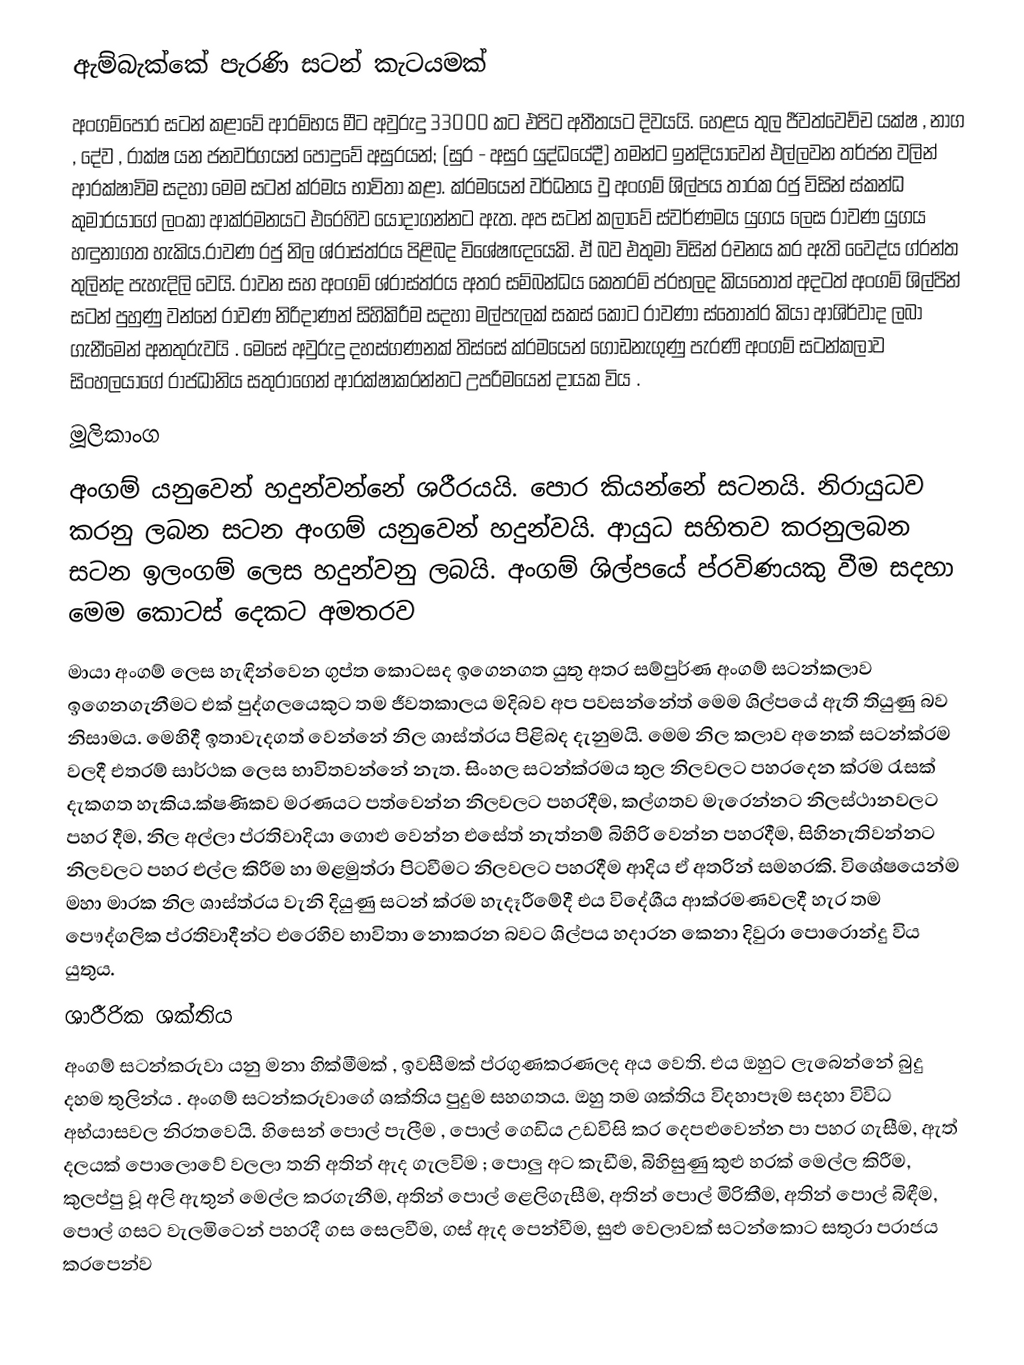
ඇම්බැක්කේ පැරණි සටන් කැටයමක්
අංගම්පොර සටන් කළාවේ ආරම්භය මීට අවුරුදු 33000 කට එපිට අතීතයට දිවයයි. හෙළය තුල ජීවත්වෙච්ච යක්ෂ , නාග , දේව , රාක්ෂ යන ජනවර්ගයන් පොදුවේ අසුරයන්; (සුර - අසුර යුද්ධයේදී) තමන්ට ඉන්දියාවෙන් එල්ලවන තර්ජන වලින් ආරක්ෂාවිම සදහා මෙම සටන් ක්රමය භාවිතා කළා. ක්රමයෙන් වර්ධනය වු අංගම් ශිල්පය තාරක රජු විසින් ස්කන්ධ කුමාරයාගේ ලංකා ආක්රමනයට එරෙහිව යොදාගන්නට ඇත. අප සටන් කලාවේ ස්වර්ණමය යුගය ලෙස රාවණ යුගය හඳුනාගත හැකිය.රාවණ රජු නිල ශ්රාස්ත්රය පිළිබද විශේෂඥයෙකි. ඒ බව එතුමා විසින් රචනය කර ඇති වෛද්ය ග්රන්ත තුලින්ද පැහැදිලි වෙයි. රාවන සහ අංගම් ශ්රාස්ත්රය අතර සම්බන්ධය කෙතරම් ප්රභලද කියතොත් අදටත් අංගම් ශිල්පින් සටන් පුහුණු වන්නේ රාවණ නිරිදාණන් සිහිකිරීම සදහා මල්පැලක් සකස් කොට රාවණා ස්තෝත්ර කියා ආශිර්වාද ලබා ගැනීමෙන් අනතුරුවයි . මෙසේ අවුරුදු දහස්ගණනක් තිස්සේ ක්රමයෙන් ගොඩනැගුණු පැරණි අංගම් සටන්කලාව සිංහලයාගේ රාජධානිය සතුරාගෙන් ආරක්ෂාකරන්නට උපරිමයෙන් දායක විය .
මූලිකාංග
අංගම් යනුවෙන් හදුන්වන්නේ ශරීරයයි. පොර කියන්නේ සටනයි. නිරායුධව කරනු ලබන සටන අංගම් යනුවෙන් හදුන්වයි. ආයුධ සහිතව කරනුලබන සටන ඉලංගම් ලෙස හදුන්වනු ලබයි. අංගම් ශිල්පයේ ප්රවිණයකු වීම සදහා මෙම කොටස් දෙකට අමතරව
මායා අංගම් ලෙස හැඳින්වෙන ගුප්ත කොටසද ඉගෙනගත යුතු අතර සම්පුර්ණ අංගම් සටන්කලාව ඉගෙනගැනීමට එක් පුද්ගලයෙකුට තම ජීවතකාලය මදිබව අප පවසන්නේත් මෙම ශිල්පයේ ඇති තියුණු බව නිසාමය. මෙහිදී ඉතාවැදගත් වෙන්නේ නිල ශාස්ත්රය පිළිබද දැනුමයි. මෙම නිල කලාව අනෙක් සටන්ක්රම වලදී එතරම් සාර්ථක ලෙස භාවිතවන්නේ නැත. සිංහල සටන්ක්රමය තුල නිලවලට පහරදෙන ක්රම රැසක් දැකගත හැකිය.ක්ෂණිකව මරණයට පත්වෙන්න නිලවලට පහරදීම, කල්ගතව මැරෙන්නට නිලස්ථානවලට පහර දීම, නිල අල්ලා ප්රතිවාදියා ගොළු වෙන්න එසේත් නැත්නම් බිහිරි වෙන්න පහරදීම, සිහිනැතිවන්නට නිලවලට පහර එල්ල කිරීම හා මළමුත්රා පිටවීමට නිලවලට පහරදීම ආදිය ඒ අතරින් සමහරකි. විශේෂයෙන්ම මහා මාරක නිල ශාස්ත්රය වැනි දියුණු සටන් ක්රම හැදෑරීමේදී එය විදේශීය ආක්රමණවලදී හැර තම පෞද්ගලික ප්රතිවාදීන්ට එරෙහිව භාවිතා නොකරන බවට ශිල්පය හදාරන කෙනා දිවුරා පොරොන්දු විය යුතුය.
ශාරීරික ශක්තිය
අංගම් සටන්කරුවා යනු මනා හික්මීමක් , ඉවසීමක් ප්රගුණකරණලද අය වෙති. එය ඔහුට ලැබෙන්නේ බුදු දහම තුලින්ය . අංගම් සටන්කරුවාගේ ශක්තිය පුදුම සහගතය. ඔහු තම ශක්තිය විදහාපෑම සදහා විවිධ අභ්යාසවල නිරතවෙයි. හිසෙන් පොල් පැලීම , පොල් ගෙඩිය උඩවිසි කර දෙපළුවෙන්න පා පහර ගැසීම, ඇත් දලයක් පොලොවේ වලලා තනි අතින් ඇද ගැලවිම ; පොලු අට කැඩීම, බිහිසුණු කුළු හරක් මෙල්ල කිරීම, කුලප්පු වූ අලි ඇතුන් මෙල්ල කරගැනීම, අතින් පොල් ළෙලිගැසීම, අතින් පොල් මිරිකීම, අතින් පොල් බිඳීම, පොල් ගසට වැලමිටෙන් පහරදී ගස සෙලවීම, ගස් ඇද පෙන්වීම, සුළු වෙලාවක් සටන්කොට සතුරා පරාජය කරපෙන්ව